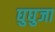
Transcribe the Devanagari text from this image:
घुघुजा